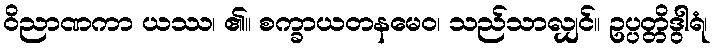
ဝိညာဏကာ ယဿ၊ ၏။ စက္ခာယတနမေဝ၊ သည်သာလျှင်။ ဥပ္ပတ္တိဒွါရံ၊